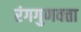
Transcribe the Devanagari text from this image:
रंगगुणवत्ता